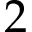
2